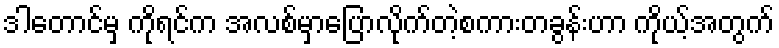
ဒါတောင်မှ ကိုရင်က အလစ်မှာပြောလိုက်တဲ့စကားတခွန်းဟာ ကိုယ့်အတွက်